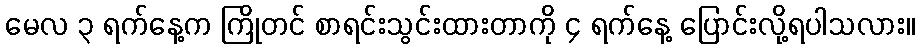
မေလ ၃ ရက်နေ့က ကြိုတင် စာရင်းသွင်းထားတာကို ၄ ရက်နေ့ ပြောင်းလို့ရပါသလား။